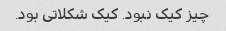
چیز کیک نبود. کیک شکلاتی بود.